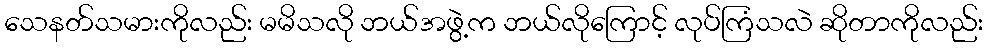
သေနတ်သမားကိုလည်း မမိသလို ဘယ်အဖွဲ့က ဘယ်လိုကြောင့် လုပ်ကြံသလဲ ဆိုတာကိုလည်း